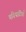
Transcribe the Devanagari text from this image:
परिपाटियाँ